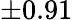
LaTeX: \pm 0.91